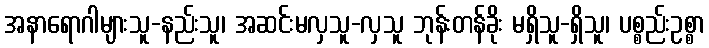
အနာရောဂါများသူ-နည်းသူ၊ အဆင်းမလှသူ-လှသူ ဘုန်းတန်ခိုး မရှိသူ-ရှိသူ၊ ပစ္စည်းဥစ္စာ